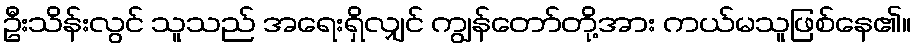
ဦးသိန်းလွင် သူသည် အရေးရှိလျှင် ကျွန်တော်တို့အား ကယ်မသူဖြစ်နေ၏။